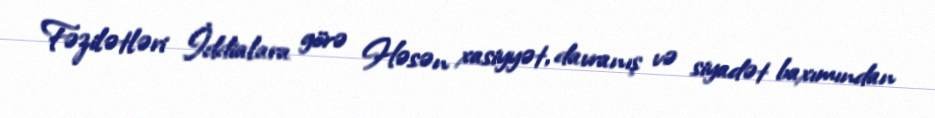
Fəzilətləri İddialara görə Həsən xasiyyət, davranış və siyadət baxımından